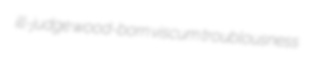
ill-judge wood-born viscum troublousness